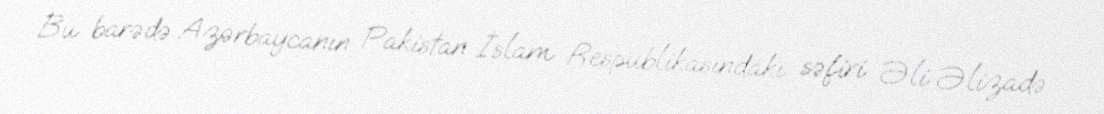
Bu barədə Azərbaycanın Pakistan İslam Respublikasındakı səfiri Əli Əlizadə